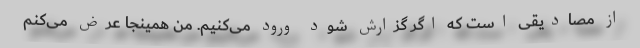
از مصادیقی است که اگر گزارش شود ورود می‌کنیم. من همینجا عرض می‌کنم